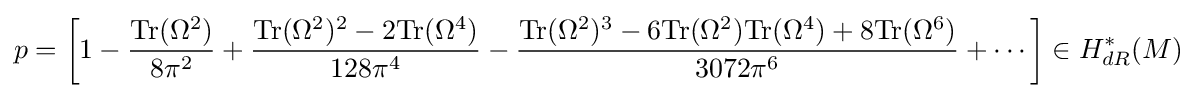
p=\left[1-{\frac {{\rm {Tr}}(\Omega ^{2})}{8\pi ^{2}}}+{\frac {{\rm {Tr}}(\Omega ^{2})^{2}-2{\rm {Tr}}(\Omega ^{4})}{128\pi ^{4}}}-{\frac {{\rm {Tr}}(\Omega ^{2})^{3}-6{\rm {Tr}}(\Omega ^{2}){\rm {Tr}}(\Omega ^{4})+8{\rm {Tr}}(\Omega ^{6})}{3072\pi ^{6}}}+\cdots \right]\in H_{dR}^{*}(M)